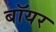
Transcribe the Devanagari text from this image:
बॉयर